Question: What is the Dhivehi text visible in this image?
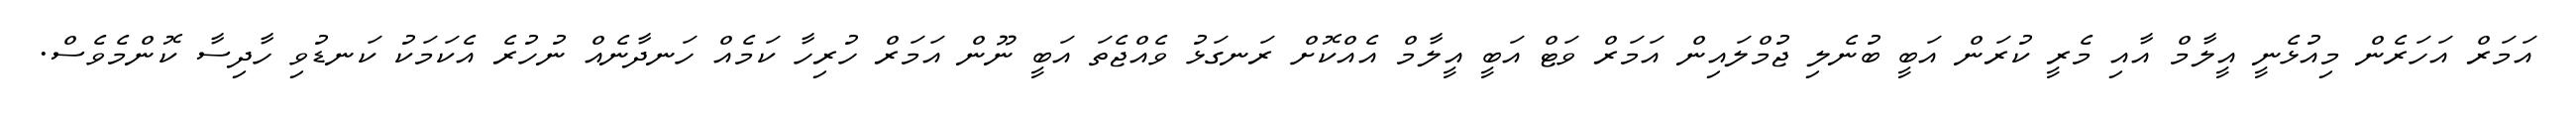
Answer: އަމަރް އަހަރެން މިއުޅެނީ އީލާމް އާއި މެރީ ކުރަން އަބީ ބުނެލި ޖުމްލައިން އަމަރް ވަޓް އަބީ އީލާމް އެއްކޮށް ރަނގަޅު ވެއްޖެތަ އަބީ ނޫން އަމަރް ހުރިހާ ކަމެއް ހަނދާނެއް ނުހުރެ އެކަމަކު ކަނޑުވި ހާދިސާ ކޮންމެވެސް.